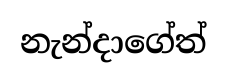
නැන්දාගේත්